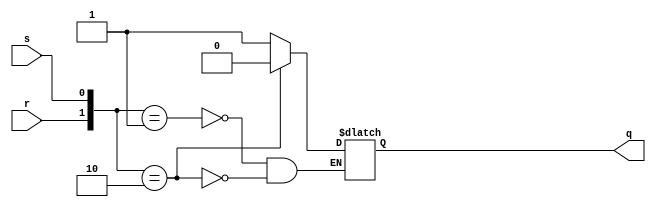
`timescale 1ns / 1ps

module rs_latch(r,s,q);
input r,s;
output reg q;
    
    always@(r,s)
    begin
        case({r,s})
        2'b00:  q<=q;
        2'b01:  q<=1'b1;
        2'b10:  q<=1'b0;
        default:q<=q;
        endcase
    end
     
endmodule